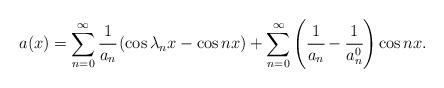
LaTeX: \begin{align*} a(x) = \sum_{n=0}^{\infty} \cfrac{1}{a_n} \left( \cos \lambda_n x - \cos n x \right) + \sum_{n=0}^{\infty} \left( \cfrac{1}{a_n} - \cfrac{1}{a_n^0} \right) \cos n x. \end{align*}